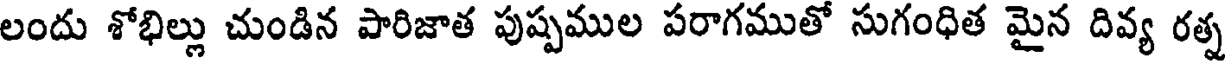
లందు శోభిల్లు చుండిన పారిజాత పుష్పముల పరాగముతో సుగంధిత మైన దివ్య రత్న